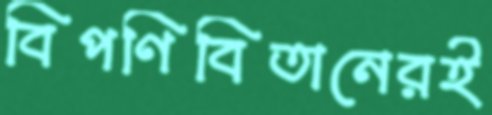
বিপণিবিতানেরই